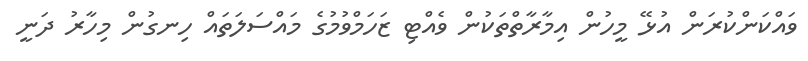
ވައްކަންކުރަން އުޅޭ މީހުން އިމާރާތްތަކުން ވެއްޓި ޒަހަމްވުމުގެ މައްސަލަތައް ހިނގުން މިހާރު ދަނީ